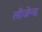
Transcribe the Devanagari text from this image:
लीजेन्द